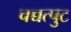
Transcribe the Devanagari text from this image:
चच्चत्पुट